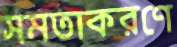
সমতাকরণে